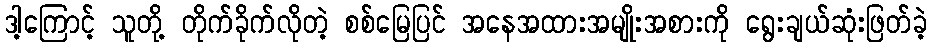
ဒါ့ကြောင့် သူတို့ တိုက်ခိုက်လိုတဲ့ စစ်မြေပြင် အနေအထားအမျိုးအစားကို ရွေးချယ်ဆုံးဖြတ်ခဲ့